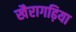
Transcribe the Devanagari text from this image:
खैरागढ़िया